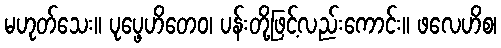
မဟုတ်သေး။ ပုပ္ဖေဟိတေဝ၊ ပန်းတို့ဖြင့်လည်းကောင်း။ ဖလေဟိစ၊